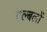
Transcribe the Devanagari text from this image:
एल्बलों